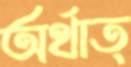
অর্থাত্